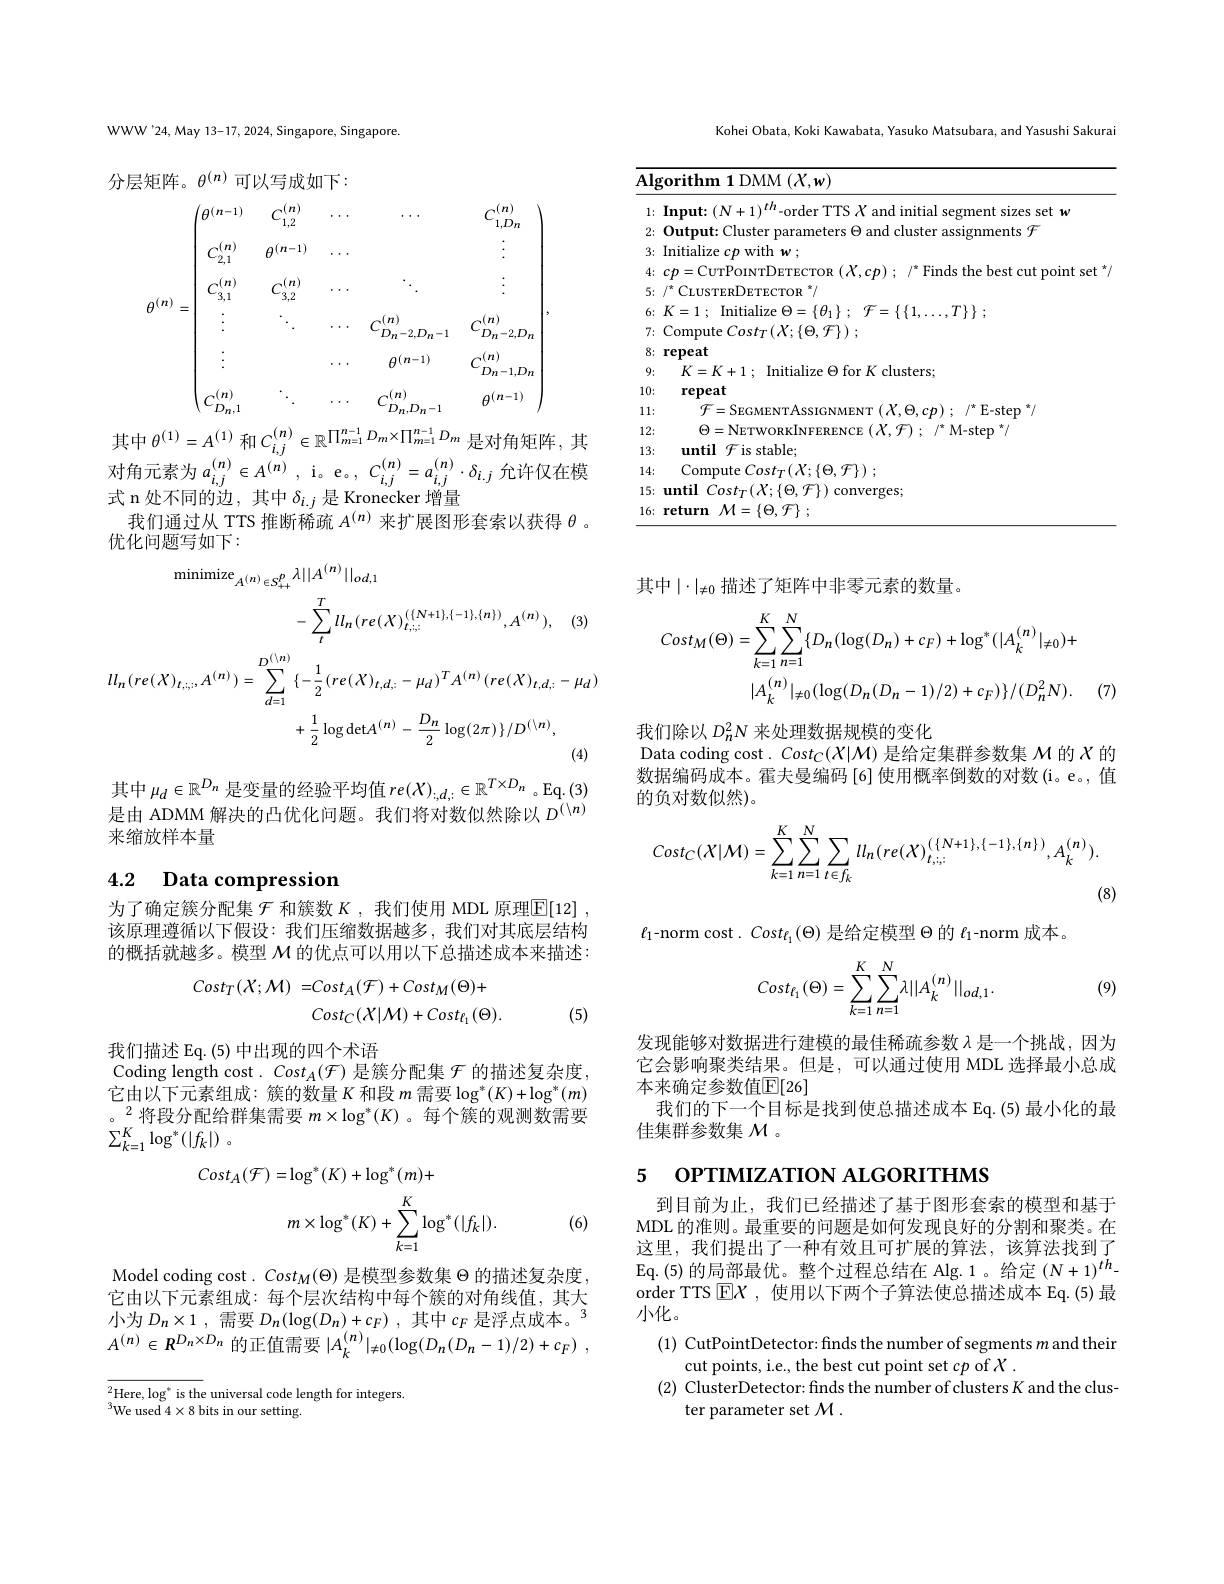
WWW'24, May 13-17, 2024, Singapore, Singapore.

分层矩阵。$\theta^{(n)}$可以写成如下：
$$\begin{gathered}\theta^{(n)}=\begin{pmatrix}\theta^{(n-1)}&C_{1,2}^{(n)}&\cdots&\cdots&C_{1,Dn}^{(n)}\\\\C_{2,1}^{(n)}&\theta^{(n-1)}&\cdots&&\vdots\\\\C_{3,1}^{(n)}&C_{3,2}^{(n)}&\cdots&\ddots&\vdots\\\vdots&\ddots&\cdots&C_{D_{n}-2,D_{n}-1}^{(n)}&C_{D_{n}-2,D_{n}}^{(n)}\\\vdots&&\cdots&\theta^{(n-1)}&C_{D_{n}-1,D_{n}}^{(n)}\\\\C_{Dn,1}^{(n)}&\ddots&\cdots&C_{D_{n},D_{n}-1}^{(n)}&\theta^{(n-1)}\end{pmatrix},\end{gathered}$$
其中$\theta^(1)=A^{(1)}$和$C_i,j^{(n)}\in\mathbb{R}^{\prod_{m=1}^{n-1}D_m\times\prod_{m=1}^{n-1}D_m}$是对角矩阵，其式 n 处不同的边，其中$\delta_i.j$是 Kronecker 增量
我们通过从 TTS 推断稀疏$A^{(n)}$来扩展图形套索以获得$\theta$ 。
优化问题写如下：
$$\begin{aligned}\mathrm{minimize}_{A^{(n)}\in S_{++}^{p}}\lambda||A^{(n)}||_{od,1}\\&-\sum_{t}^{T}ll_{n}(re(X)_{t,;;}^{(\{N+1\},\{-1\},\{n\})},A^{(n)}),\quad(3)\\ll_{n}(re(X)_{t,;;},A^{(n)})=\sum_{d=1}^{D^{((n))}}\{-\frac{1}{2}(re(X)_{t,d,;}-\mu_{d})^{T}A^{(n)}(re(X)_{t,d,;}-\mu_{d})\\&+\frac{1}{2}\log\mathrm{det}A^{(n)}-\frac{D_{n}}{2}\log(2\pi)\}/D^{((n)},\end{aligned}$$
其中$\mu_d\in\mathbb{R}^{D_n}$是变量的经验平均值$re(X)_{:,d,:}\in\mathbb{R}^{T\times D_n}$ 。Eq.(3) 是由 ADMM 解决的凸优化问题。我们将对数似然除以$D^{(\setminus n)}$ 来缩放样本量

# 4.2 Data compression

为了确定簇分配集$\mathcal{F}$和簇数$K$ ,我们使用 MDL 原理$\overline{\mathbb{E}}[12]$ 该原理遵循以下假设：我们压缩数据越多，我们对其底层结构的概括就越多。模型$\mathcal{M}$的优点可以用以下总描述成本来描述：
$$\begin{aligned}Cost_{T}(X;\mathcal{M})=&Cost_{A}(\mathcal{F})+Cost_{M}(\Theta)+\\&Cost_{C}(\mathcal{X}|\mathcal{M})+Cost_{\ell_{1}}(\Theta).\end{aligned}$$
(5)

我们描述 Eq.(5) 中出现的四个术语
Coding length cost. $Cost_A(\mathcal{F})$是簇分配集$\mathcal{F}$的描述复杂度， 它由以下元素组成：簇的数量$K$ 和 段 $m$ 需 要 $\log ^* ( K) + \log ^* ( m)$ 。$^2$将段分配给群集需要 $m\times\log^*(K)$ 。每个簇的观测数需要$\sum _{k= 1}^K\log ^* ( | f_k| )$ 。
$$\begin{aligned}Cost_{A}(\mathcal{F})&=\log^{*}(K)+\log^{*}(m)+\\&m\times\log^{*}(K)+\sum_{k=1}^{K}\log^{*}(|f_{k}|).\end{aligned}$$
(6)

Model coding cost. $Cost_M(\Theta)$是模型参数集$\Theta$的描述复杂度， 它由以下元素组成：每个层次结构中每个簇的对角线值，其大小为$D_n\times1$,需要$D_n(\log(D_{n})+c_{F})$,其中$c_F$是浮点成本。$A^{(n)}\in R^{D_{n}\times D_{n}}$的正值需要$| A_k^{( n) }| _{\neq 0}( \log ( D_{n}( D_{n}- 1) / 2) + c_{F})$ ,

$_{2}$Here, lo$g^*$ is the universal code length for integers.
$^{3}$We used $4\times8$ bits in our setting.

Kohei Obata, Koki Kawabata, Yasuko Matsubara, and Yasushi Sakurai

<table>
	<tbody>
		<tr>
			<td>$\overline{\mathrm{Al}_{\xi}}$</td>
			<td>1 DMM $(X,w)$ rifhm</td>
		</tr>
		<tr>
			<td>1: -1 12</td>
			<td>$:1w$</td>
		</tr>
		<tr>
			<td>2:</td>
			<td>$0utnut:0$ nments't</td>
		</tr>
		<tr>
			<td>3:</td>
			<td>Initialize with $1w$</td>
		</tr>
		<tr>
			<td>4:</td>
			<td> </td>
		</tr>
		<tr>
			<td>5:</td>
			<td>$\Upsilon IISTFR$ DETECTOR $:{}^{*}/$</td>
		</tr>
		<tr>
			<td>6:</td>
			<td> </td>
		</tr>
		<tr>
			<td>7:</td>
			<td> </td>
		</tr>
		<tr>
			<td>8:</td>
			<td>repeat</td>
		</tr>
		<tr>
			<td>9:</td>
			<td>clusters</td>
		</tr>
		<tr>
			<td>10:</td>
			<td>repeat</td>
		</tr>
		<tr>
			<td>1 1:</td>
			<td>=SFGM $/^{\star}$E-step$^\star$</td>
		</tr>
		<tr>
			<td>12: 1 -</td>
			<td>$\Theta =$NFT $X^{\prime}f\mid\cdot$ $/^{*}M-sten^{*}$</td>
		</tr>
		<tr>
			<td>13:</td>
			<td>until $\mathcal{F}$is stable;</td>
		</tr>
		<tr>
			<td>.4: $1c$ 1 1 1 1 1 I 1</td>
			<td>Comnute ${\boldsymbol{r}}^{\prime}{\boldsymbol{n}}$st $( X\nobreak {: } \{ \Theta . \mathcal{F} \} )$ .</td>
		</tr>
		<tr>
			<td>15:</td>
			<td>mhil $\mid Cost_{T}(X:\{\Theta,\mathcal{F}\})$ converges</td>
		</tr>
		<tr>
			<td>16:</td>
			<td>return $M=\{\Theta,\mathcal{F}\}$</td>
		</tr>
	</tbody>
</table>

其中$\mid\cdot\mid_{\neq0}$描述了矩阵中非零元素的数量。
$$\begin{aligned}Cost_{M}(\Theta)&=\sum_{k=1}^{K}\sum_{n=1}^{N}\{D_{n}(\log(D_{n})+c_{F})+\log^{*}(|A_{k}^{(n)}|_{\neq0})+\\&|A_{k}^{(n)}|_{\neq0}(\log(D_{n}(D_{n}-1)/2)+c_{F})\}/(D_{n}^{2}N).\end{aligned}$$
(7)

我们除以$D_n^2N$来处理数据规模的变化
Data coding cost. $Cost_C(X|\mathcal{M})$是给定集群参数集$\mathcal{M}$的$X$的数据编码成本。霍夫曼编码 [6] 使用概率倒数的对数(i。e。,值的负对数似然)。
$$Cost_{C}(\mathcal{X}|\mathcal{M})=\sum\limits_{k=1}^{K}\sum\limits_{n=1}^{N}\sum\limits_{t\in f_{k}}ll_{n}(re(\mathcal{X})_{t,:;}^{(\{N+1\},\{-1\},\{n\})},A_{k}^{(n)}).$$
(8)

$\ell_1$-norm cost. $Cost_{\ell_1}(\Theta)$是给定模型$\Theta$的$\ell_1$-norm 成本。
$$Cost_{\ell_1}(\Theta)=\sum_{k=1}^K\sum_{n=1}^N\lambda||A_k^{(n)}||_{od,1}.$$
(9)

发现能够对数据进行建模的最佳稀疏参数$\lambda$是一个挑战，因为它会影响聚类结果。但是，可以通过使用 MDL 选择最小总成本来确定参数值$\mathbb{E}[26]$
我们的下一个目标是找到使总描述成本 Eq.(5) 最小化的最
佳集群参数集$\mathcal{M}$ 。

5 OPTIMIZATION ALGORITHMS

到目前为止，我们已经描述了基于图形套索的模型和基于MDL 的准则。最重要的问题是如何发现良好的分割和聚类。在这里，我们提出了一种有效且可扩展的算法，该算法找到了Eq.(5)的局部最优。整个过程总结在 Alg.1。给定$(N+1)^th-$ order TTS $\boxed{\mathrm{E}}X$ ,使用以下两个子算法使总描述成本 Eq.(5) 最小化。

(1) CutPointDetector: finds the number of segments $m$ and their
cut points, i.e., the best cut point set cp of $X.$
(2) ClusterDetector: finds the number of clusters K and the clus-
ter parameter set $\mathcal{M}.$